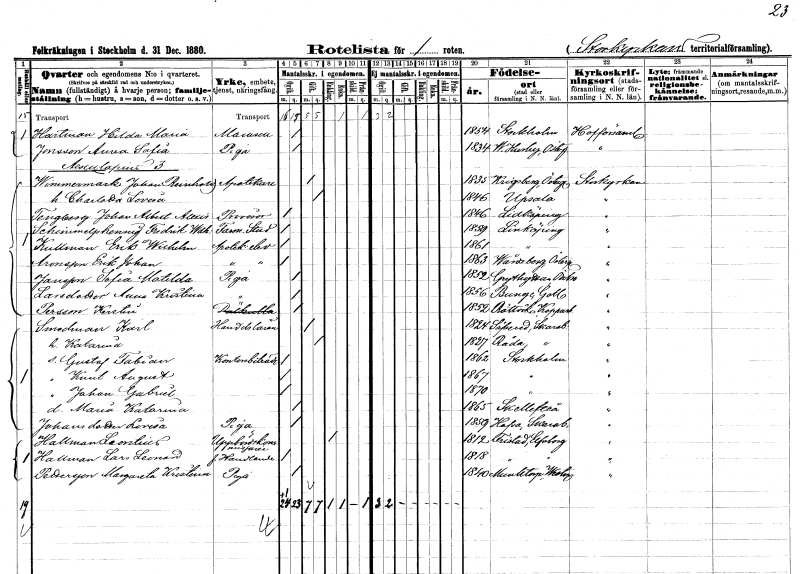
gt_parse: households: individuals: FN: Hilda Maria
EN: Hartman
KON: K
CIV: O
FODAR: 1854
FODFORS: Stockholm
FN: Anna Sofia
EN: Jonsson
YRKE: Piga
KON: K
CIV: O
FODAR: 1834
FODFORS: Västra Husby Östergötlands län
FN: Johan Reinhold
EN: Wimmermark
YRKE: Apotekare
KON: M
CIV: G
FODAR: 1835
FODFORS: Krigsberg Östergötlands län
FN: Charlotta Lovisa
KON: K
CIV: O
FODAR: 1846
FODFORS: Uppsala Uppsala län
FN: Johan Albert Alexis
EN: Tengberg
YRKE: Provisor
KON: M
CIV: O
FODAR: 1846
FODFORS: Lidköping Skaraborgs län
FN: Fredrik Wilhelm
EN: Schinmelfshennig
YRKE: Farm. student
KON: M
CIV: O
FODAR: 1859
FODFORS: Linköping Östergötlands län
FN: Erik Wilhelm
EN: Kullman
YRKE: Apotekselev
KON: M
CIV: O
FODAR: 1861
FODFORS: Linköping Östergötlands län
FN: Erik Johan
EN: Aronsson
YRKE: Apotekselev
KON: M
CIV: O
FODAR: 1863
FODFORS: Vårdsberg Östergötlands län
FN: Sofia Matilda
EN: Jansson
YRKE: Piga
KON: K
CIV: O
FODAR: 1852
FODFORS: Grythyttan Örebro län
FN: Anna Kristina
EN: Larsdotter
YRKE: Piga
KON: K
CIV: O
FODAR: 1856
FODFORS: Bunge Gotlands län
FN: Kerstin
EN: Persson
KON: K
CIV: O
FODAR: 1852
FODFORS: Rättvik Kopparbergs län
FN: Karl
EN: Smedman
YRKE: Handelslärare
KON: M
CIV: G
FODAR: 1824
FODFORS: Sävare Skaraborgs län
FN: Katarina
KON: K
CIV: G
FODAR: 1827
FODFORS: Råda Skaraborgs län
FN: Gustaf Fabian
YRKE: Kontorsbiträde
KON: M
CIV: O
FODAR: 1862
FODFORS: Stockholm
FN: Knut August
KON: M
CIV: O
FODAR: 1867
FODFORS: Stockholm
FN: Johan Gabriel
KON: M
CIV: O
FODAR: 1870
FODFORS: Stockholm
FN: Maria Katarina
KON: K
CIV: O
FODAR: 1865
FODFORS: Skellefteå Västerbottens län
FN: Lovisa
EN: Johansdotter
YRKE: Piga
KON: K
CIV: O
FODAR: 1859
FODFORS: Hova Skaraborgs län
FN: Leontinus
EN: Hallman
YRKE: Uppbördskommissarie
KON: M
CIV: E
FODAR: 1812
FODFORS: Fristad Älvsborgs län
FN: Lars Leonard
EN: Hallman
YRKE: Handlande f.d.
KON: M
CIV: O
FODAR: 1818
FODFORS: Fristad Älvsborgs län
FN: Margareta Kristina
EN: Pettersson
YRKE: Piga
KON: K
CIV: O
FODAR: 1840
FODFORS: Munktorp Västmanlands län